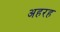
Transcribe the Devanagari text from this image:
अहरह